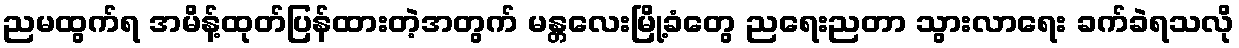
ညမထွက်ရ အမိန့်ထုတ်ပြန်ထားတဲ့အတွက် မန္တလေးမြို့ခံတွေ ညရေးညတာ သွားလာရေး ခက်ခဲရသလို